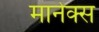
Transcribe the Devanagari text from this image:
मानेक्स